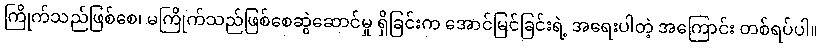
ကြိုက်သည်ဖြစ်စေ၊ မကြိုက်သည်ဖြစ်စေဆွဲဆောင်မှု ရှိခြင်းက အောင်မြင်ခြင်းရဲ့ အရေးပါတဲ့ အကြောင်း တစ်ရပ်ပါ။